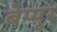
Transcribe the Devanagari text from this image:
बेप्पूर